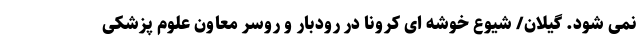
نمی شود. گیلان/ شیوع خوشه ای کرونا در رودبار و روسر معاون علوم پزشکی